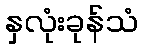
နှလုံးခုန်သံ